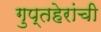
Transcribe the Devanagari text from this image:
गुप्तहेरांची